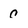
Character: c